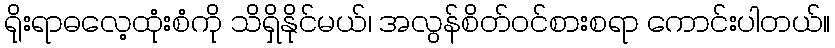
ရိုးရာဓလေ့ထုံးစံကို သိရှိနိုင်မယ်၊ အလွန်စိတ်ဝင်စားစရာ ကောင်းပါတယ်။